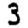
Digit: 3